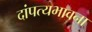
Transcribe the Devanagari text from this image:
दांपत्यभावना